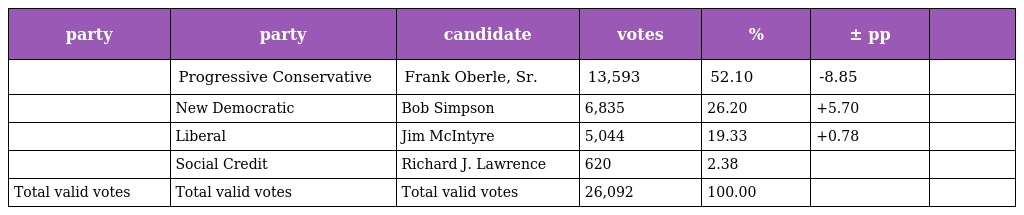
| party | party | candidate | votes | % | ± pp |  |
 | --- | --- | --- | --- | --- | --- | --- |
 |  | Progressive Conservative | Frank Oberle, Sr. | 13,593 | 52.10 | -8.85 |  |
 |  | New Democratic | Bob Simpson | 6,835 | 26.20 | +5.70 |  |
 |  | Liberal | Jim McIntyre | 5,044 | 19.33 | +0.78 |  |
 |  | Social Credit | Richard J. Lawrence | 620 | 2.38 |  |  |
 | Total valid votes | Total valid votes | Total valid votes | 26,092 | 100.00 |  |  |